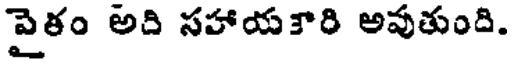
వైఠం అది సహాయకారి అవుతుంది.